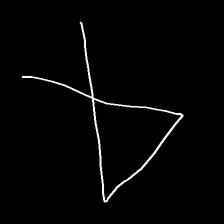
Glyph: collection